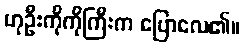
ဟုဦးကိုကိုကြီးက ပြောလေ၏။